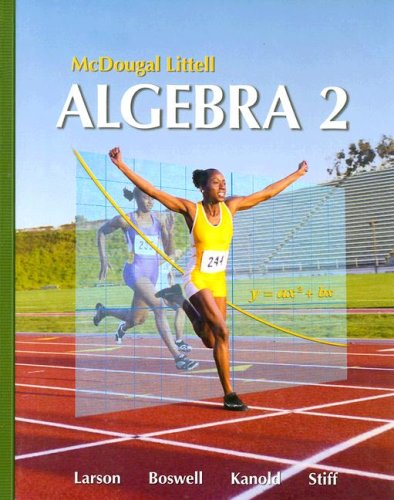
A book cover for McDougal Littell Algebra 2 (Holt McDougal Larson Algebra 2); Ron Larson; Science & Math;